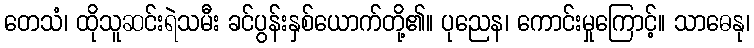
တေသံ၊ ထိုသူဆင်းရဲသမီး ခင်ပွန်းနှစ်ယောက်တို့၏။ ပုညေန၊ ကောင်းမှုကြောင့်။ သာဓေနု၊